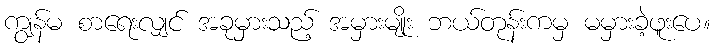
ကျွန်မ စာရေးလျှင် အခုမှားသည့် အမှားမျိုး ဘယ်တုန်းကမှ မမှားခဲ့ဖူးပေ။